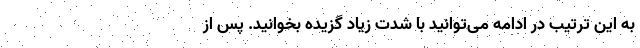
به این ترتیب در ادامه می‌توانید با شدت زیاد گُزیده بخوانید. پس از